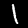
Digit: 1